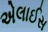
એલાઈસ